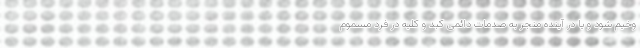
وخیم شود و یا در آینده منجر به صدمات دائمی کبد و کلیه در فرد مسموم